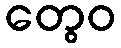
တွေဝ